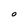
Character: O